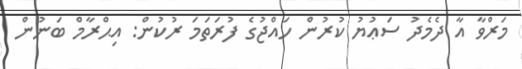
މަރްވާ އާ ދެމެދު ސަޢުޔު ކުރުން ހައްޖުގެ ފުރަތަމަ ރުކުން: އިޙްރާމް ބަނުން